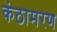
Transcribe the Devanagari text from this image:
कंठामरण